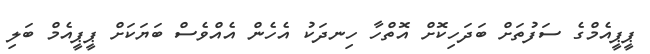
ޕީޕީއެމްގެ ސަފުތަށް ބަދަހިކޮށް އޮތްހާ ހިނދަކު އެހެން އެއްވެސް ބަޔަކަށް ޕީޕީއެމް ބަލި